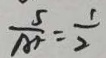
\frac { 5 } { A F } = \frac { 1 } { 2 }